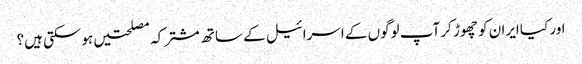
اور کیا ایران کو چھوڑ کر آپ لوگوں کے اسرائیل کے ساتھ مشترکہ مصلحتیں ہوسکتی ہیں؟